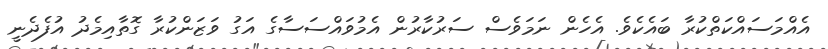
އެއްމަސައްކަތްކުރާ ބައެކެވެ. އެހެން ނަމަވެސް ސަރުކާރުން އެމުވައްސަސާގެ އަގު ވަޒަންކުރާ ގޮތާއިމެދު އުފެދެނީ